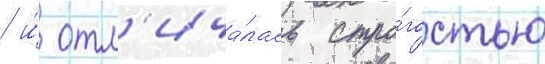
/ и́ отл'ича́лась стро́гостью